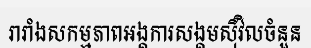
រារាំងសកម្មភាពអង្គការសង្គមស៊ីវិលចំនួន